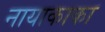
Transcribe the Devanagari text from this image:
नायाकाका